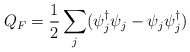
\begin{align*}Q_F = \frac{1}{2}\sum_j( \psi_j^\dagger \psi_j -\psi_j\psi^\dagger_j)\end{align*}